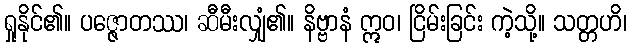
ရှုနိုင်၏။ ပဇ္ဇောတဿ၊ ဆီမီးလျှံ၏။ နိဗ္ဗာနံ ဣဝ၊ ငြိမ်းခြင်း ကဲ့သို့။ သတ္တဟိ၊